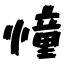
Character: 憧